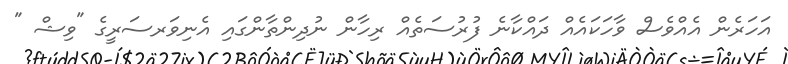
އަހަރެން އެއްވެސް ވާހަކައެއް ދައްކާނެ ފުރުސަތެއް ރިހާން ނުދިންތާންގައި އެނިވަރސަރީގެ "ވިޝް "